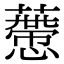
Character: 𧀱